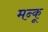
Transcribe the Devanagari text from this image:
मन्कू